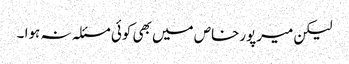
لیکن میرپورخاص میں بھی کوئی مسئلہ نہ ہوا ۔